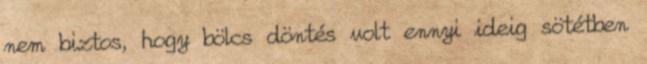
nem biztos, hogy bölcs döntés volt ennyi ideig sötétben